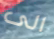
الى